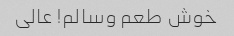
خوش طعم وسالم! عالی